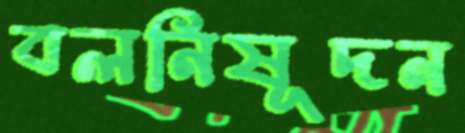
বলনিষূদন